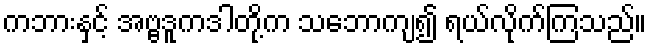
ကဘားနှင့် အဗ္ဗဒူကဒါတို့က သဘောကျ၍ ရယ်လိုက်ကြသည်။